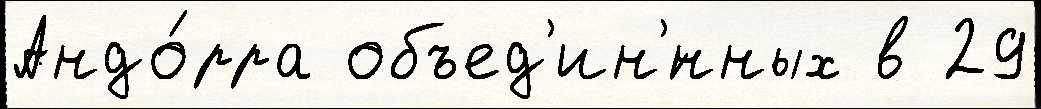
Андо́рра объед'ин'́нных в 29